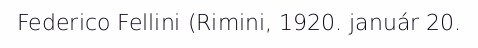
Federico Fellini (Rimini, 1920. január 20.